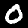
Digit: 0